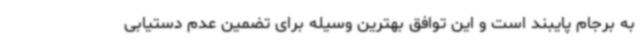
به برجام پایبند است و این توافق بهترین وسیله برای تضمین عدم دستیابی